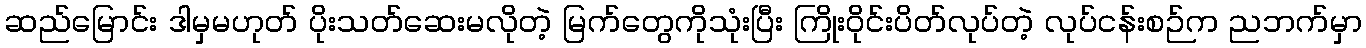
ဆည်မြောင်း ဒါမှမဟုတ် ပိုးသတ်ဆေးမလိုတဲ့ မြက်တွေကိုသုံးပြီး ကြိုးဝိုင်းပိတ်လုပ်တဲ့ လုပ်ငန်းစဉ်က ညဘက်မှာ